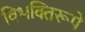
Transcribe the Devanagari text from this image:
विभक्तिरूपे